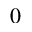
_ 0